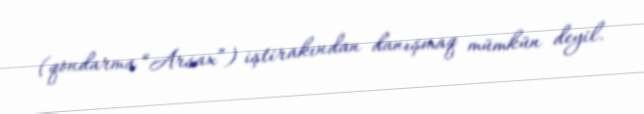
(qondarma “Arsax”) iştirakından danışmaq mümkün deyil.